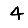
Digit: 4